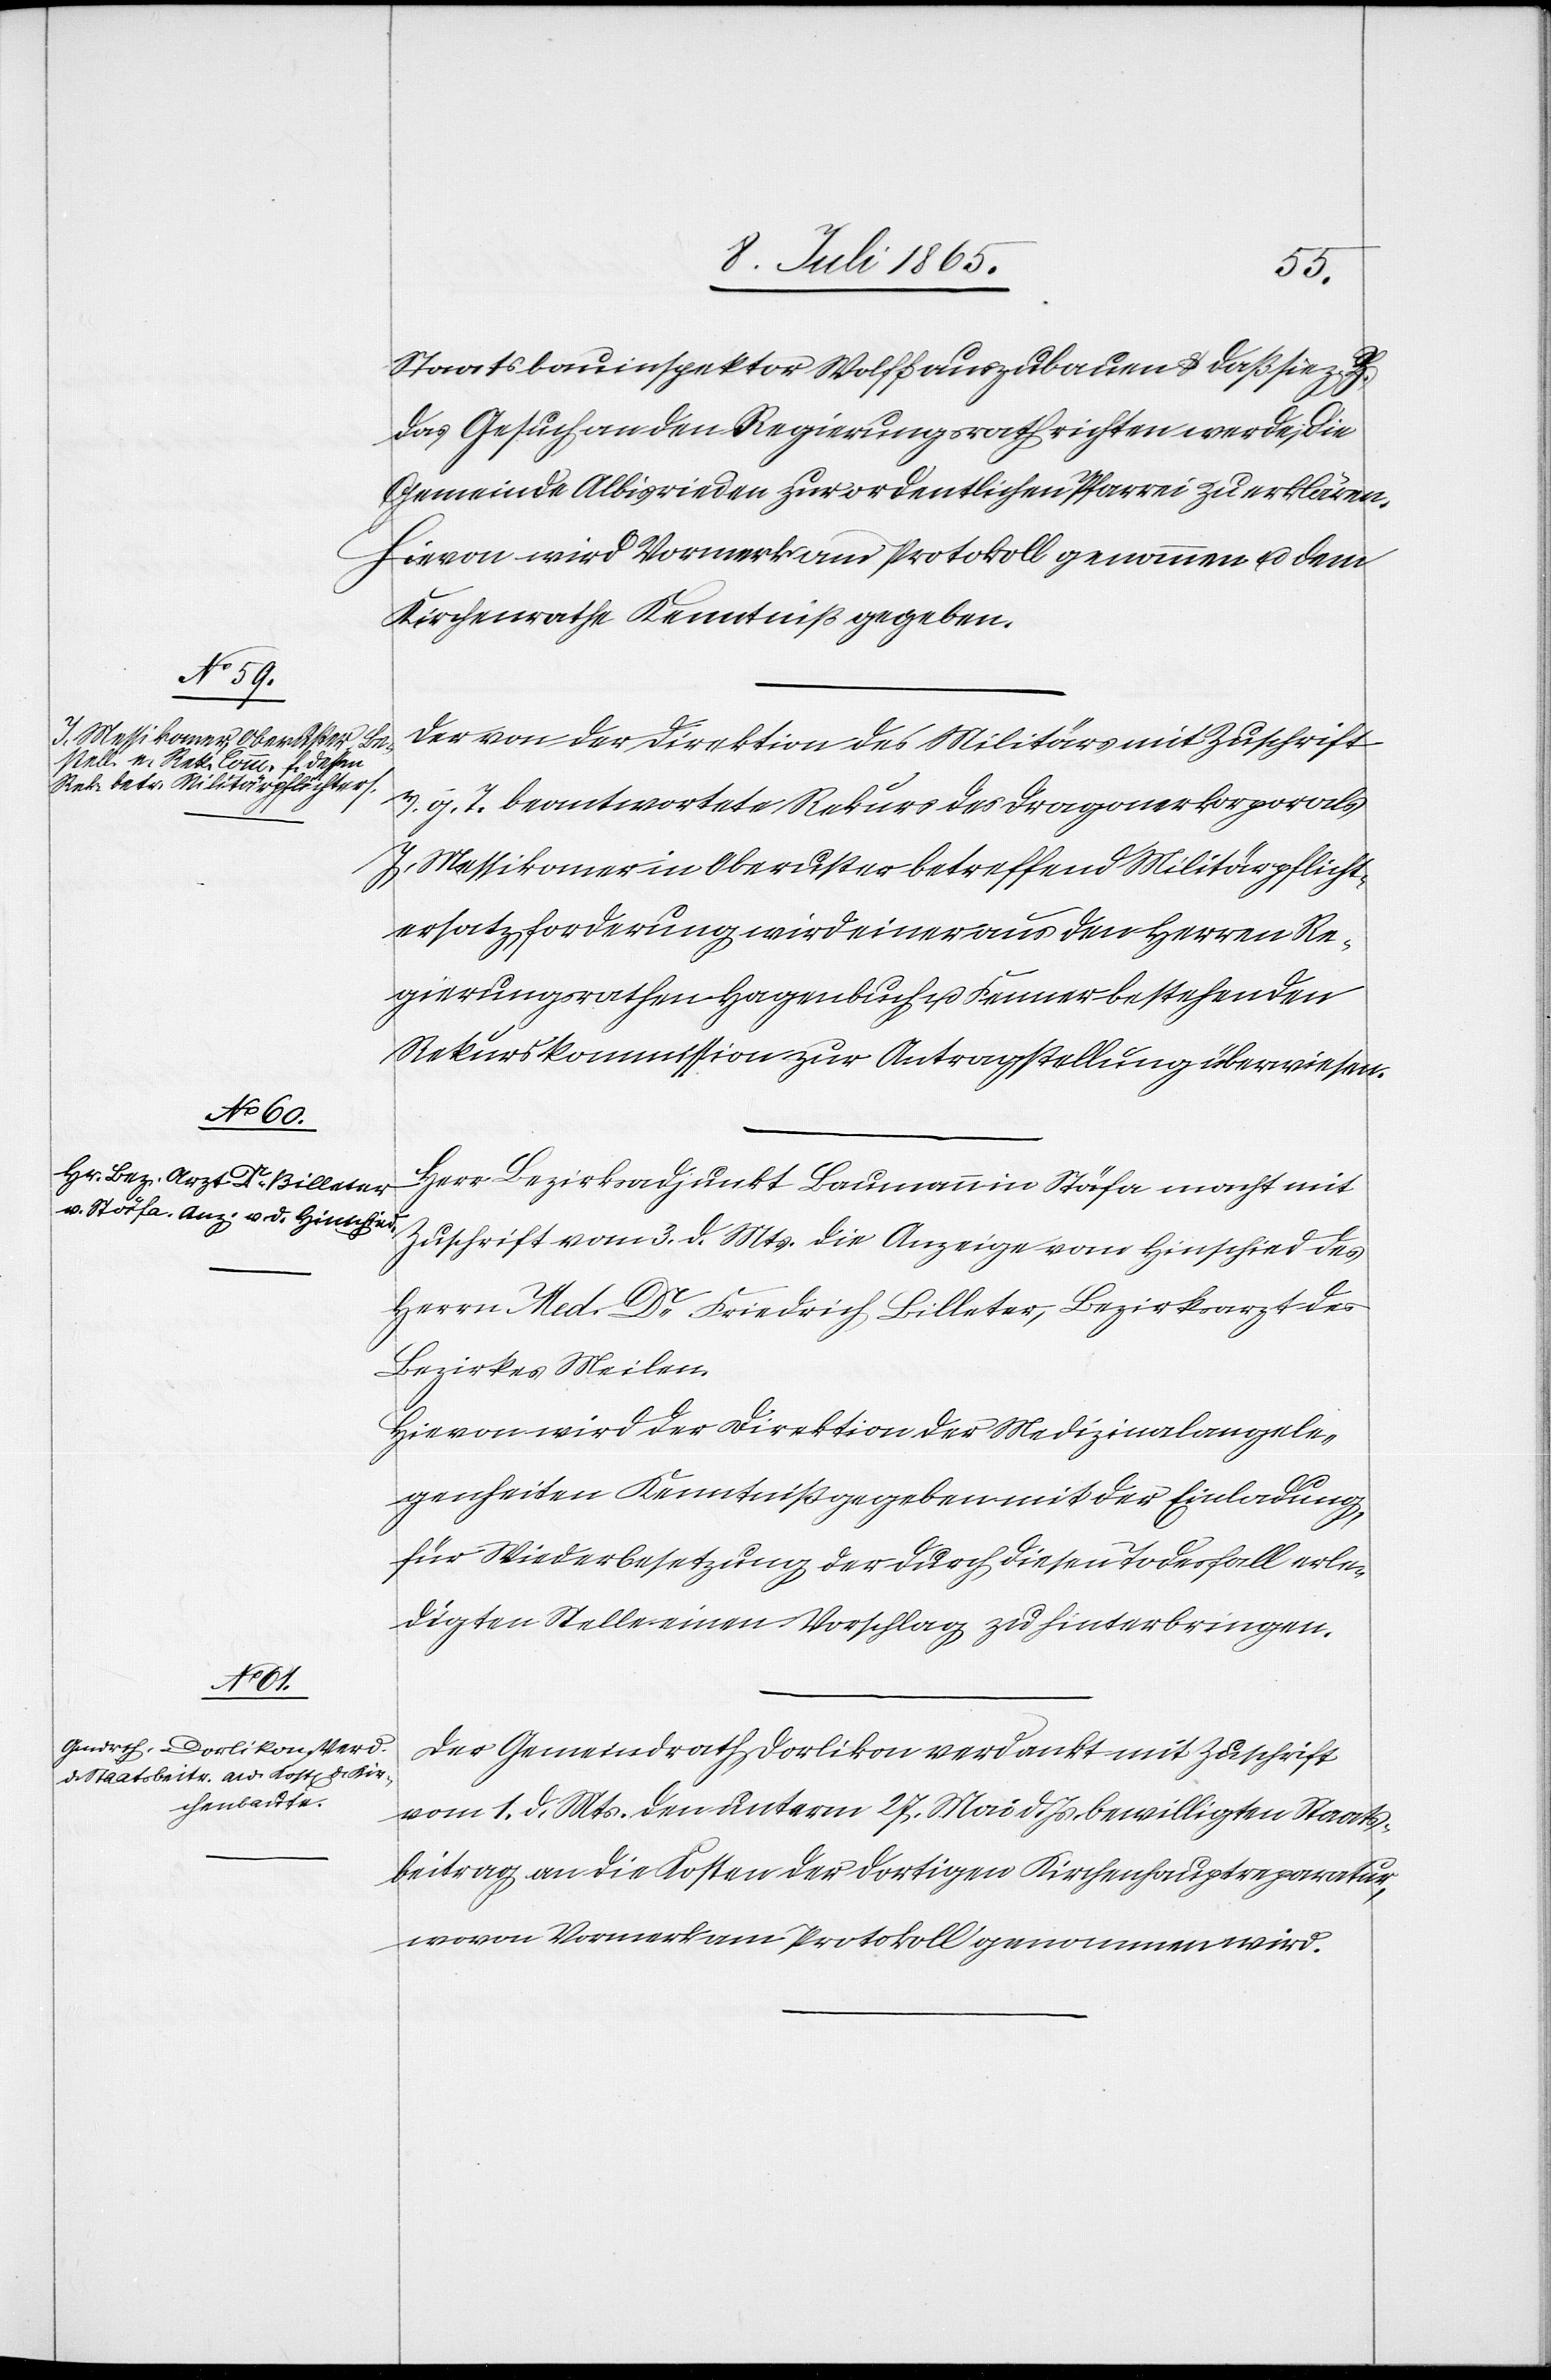
Staatsbauinspektor Wolff auszubauen u. daß sie z.
das Gesuch an den Regierungsrath richten werde, die
Gemeinde Albisrieden zur ordentlichen Pfarrei zu erklären.
Hievon wird Vormerk am Protokoll genommen u. dem
Kirchenrathe Kenntniß gegeben.
Der von der Direktion des Militärs mit Zuschrift
v. g. T. beantwortete Rekurs des Dragonerkorporals
J. Messikomer in Oberuster betreffend Militärpflicht¬
ersatzforderung wird einer aus den Herren Re¬
gierungsrathen Hagenbuch u. Fenner bestehenden
Rekurskommission zur Antragstellung überwiesen.
Herr Bezirksadjunkt Baumann in Stäfa macht mit
Zuschrift vom 3. d. Mts. die Anzeige vom Hinschied des
Herrn Med. Dr Friedrich Billeter, Bezirksarzt des
Bezirkes Meilen.
Hievon wird der Direktion der Medizinalangele¬
genheiten Kenntniß gegeben mit der Einladung,
für Wiederbesetzung der durch diesen Todesfall erle¬
digten Stelle einen Vorschlag zu hinterbringen.
Der Gemeindrath Dorlikon verdankt mit Zuschrift
vom 1. d. Mts. den unterm 27. Mai d. Js. bewilligten Staats¬
beitrag an die Kosten der dortigen Kirchenhauptreparatur,
wovon Vormerk am Protokoll genommen wird.